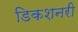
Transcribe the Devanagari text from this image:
डिकशनरी